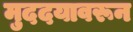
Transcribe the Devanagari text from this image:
मुददयावरून